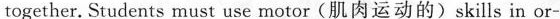
together. Students must use motor(肌肉运动的)skills in or-